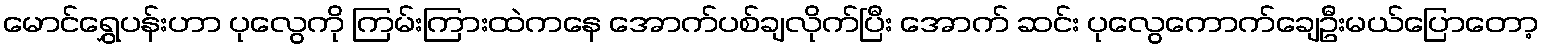
မောင်ရွှေပန်းဟာ ပုလွေကို ကြမ်းကြားထဲကနေ အောက်ပစ်ချလိုက်ပြီး အောက် ဆင်း ပုလွေကောက်ချေဦးမယ်ပြောတော့